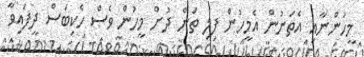
މީހުންނާއި އެތަނުން އެމީހުން ފިލި ތަން ދުށް މީހުން ވެސް ހެކިބަސް ދީފައިވާ